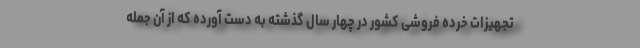
تجهیزات خرده فروشی کشور در چهار سال گذشته به دست آورده که از آن جمله